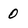
Character: 0